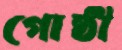
গোষ্ঠী